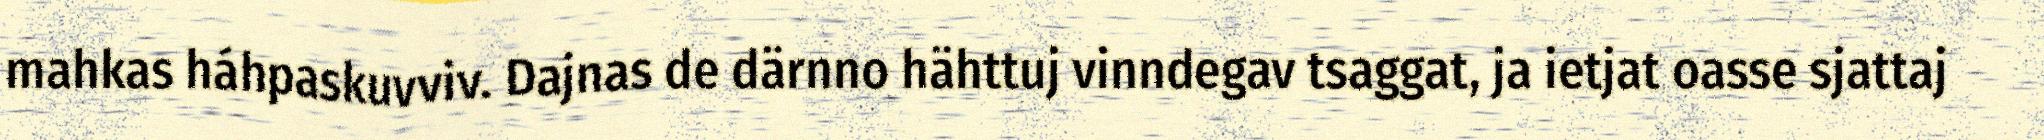
mahkas háhpaskuvviv. Dajnas de därnno hähttuj vinndegav tsaggat, ja ietjat oasse sjattaj